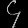
Digit: ၄